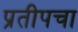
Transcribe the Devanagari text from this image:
प्रतीपचा